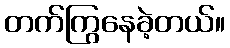
တက်ကြွနေခဲ့တယ်။